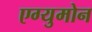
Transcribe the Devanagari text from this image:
एग्युमोन